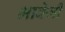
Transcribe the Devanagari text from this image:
भावेजी